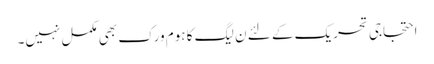
احتجاجی تحریک کے لئے ن لیگ کا ہوم ورک بھی مکمل نہیں۔